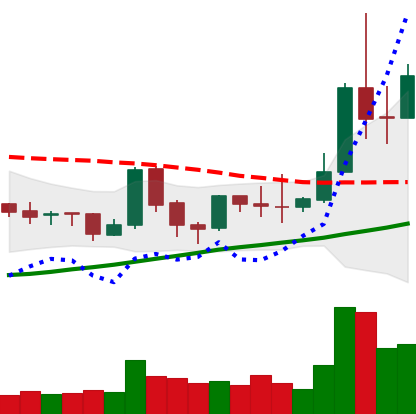
Ticker: TRX-USD
Chart end date: 2019-04-05
Forward return: 10.507%
Label: up_7plus